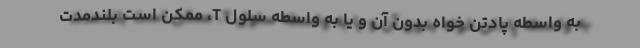
به واسطه پادتن خواه بدون آن و یا به واسطه سلول T، ممکن است بلندمدت